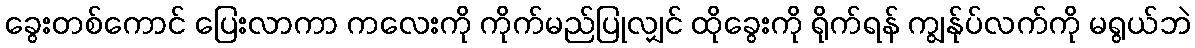
ခွေးတစ်ကောင် ပြေးလာကာ ကလေးကို ကိုက်မည်ပြုလျှင် ထိုခွေးကို ရိုက်ရန် ကျွန်ုပ်လက်ကို မရွယ်ဘဲ